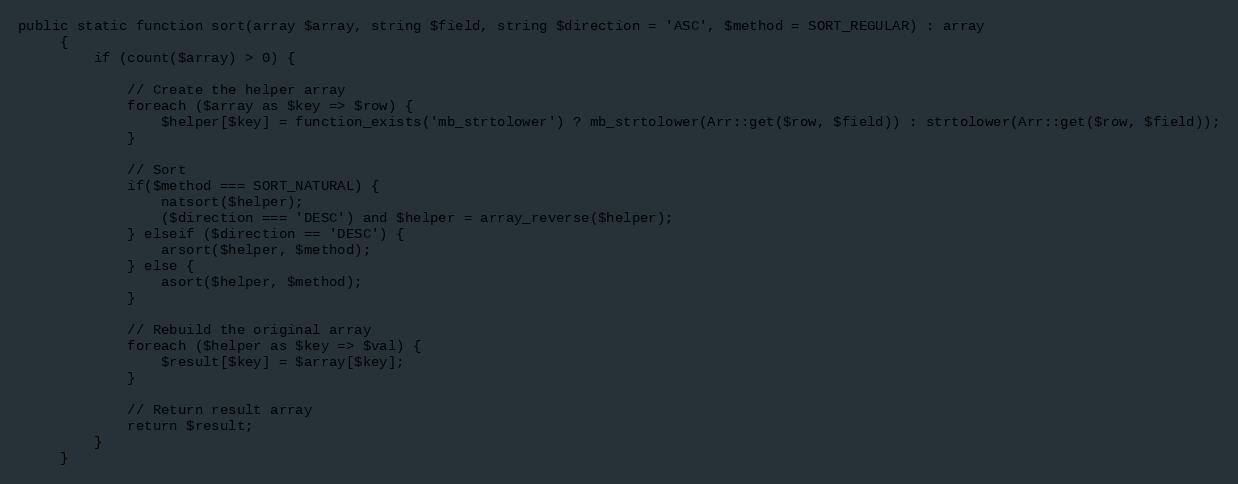
Language: PHP
public static function sort(array $array, string $field, string $direction = 'ASC', $method = SORT_REGULAR) : array
     {
         if (count($array) > 0) {

             // Create the helper array
             foreach ($array as $key => $row) {
                 $helper[$key] = function_exists('mb_strtolower') ? mb_strtolower(Arr::get($row, $field)) : strtolower(Arr::get($row, $field));
             }

             // Sort
             if($method === SORT_NATURAL) {
                 natsort($helper);
                 ($direction === 'DESC') and $helper = array_reverse($helper);
             } elseif ($direction == 'DESC') {
                 arsort($helper, $method);
             } else {
                 asort($helper, $method);
             }

             // Rebuild the original array
             foreach ($helper as $key => $val) {
                 $result[$key] = $array[$key];
             }

             // Return result array
             return $result;
         }
     }